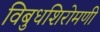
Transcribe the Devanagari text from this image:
विबुधशिरोमणी